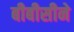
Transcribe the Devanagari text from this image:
बीबीसीने